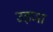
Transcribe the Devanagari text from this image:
उड़णा